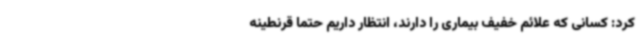
کرد: کسانی که علائم خفیف بیماری را دارند، انتظار داریم حتما قرنطینه